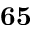
\mathbf { 6 5 }